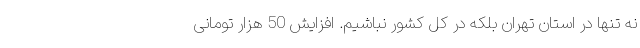
نه تنها در استان تهران بلکه در کل کشور نباشیم. افزایش 50 هزار تومانی